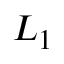
L _ { 1 }